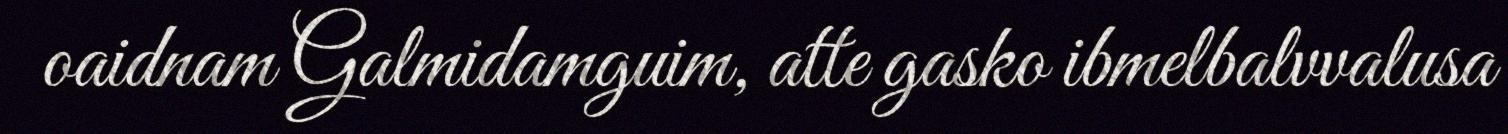
oaidnam Galmidamguim, atte gasko ibmelbalvvalusa